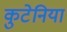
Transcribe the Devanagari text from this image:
कुटेनिया